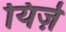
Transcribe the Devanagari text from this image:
यिर्ज़